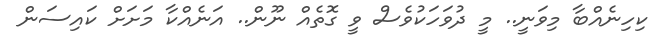
ކިހިނެއްބާ މިވަނީ.. މީ ދުވަހަކުވެސް ވީ ގޮތެއް ނޫން.. އަނެއްކާ މަށަށް ކައިސަން